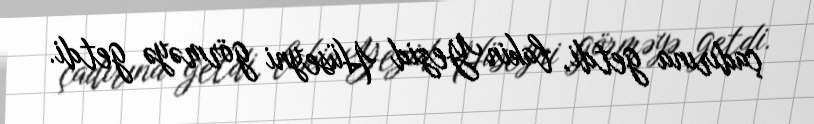
çadırına getdi, lakin Yezid Hüseyni görməyə getdi.